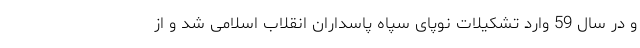
و در سال 59 وارد تشکیلات نوپای سپاه پاسداران انقلاب اسلامی شد و از